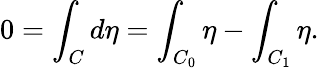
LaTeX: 0=\int_{C}d\eta=\int_{C_{0}}\eta-\int_{C_{1}}\eta.